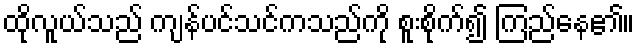
ထိုလူယ်သည် ကျန်ပင်သင်ကသည်ကို စူးစိုက်၍ ကြည်နေ၏။